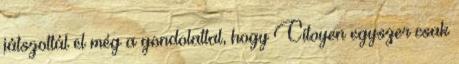
játszottál el még a gondolattal, hogy Citoyen egyszer csak